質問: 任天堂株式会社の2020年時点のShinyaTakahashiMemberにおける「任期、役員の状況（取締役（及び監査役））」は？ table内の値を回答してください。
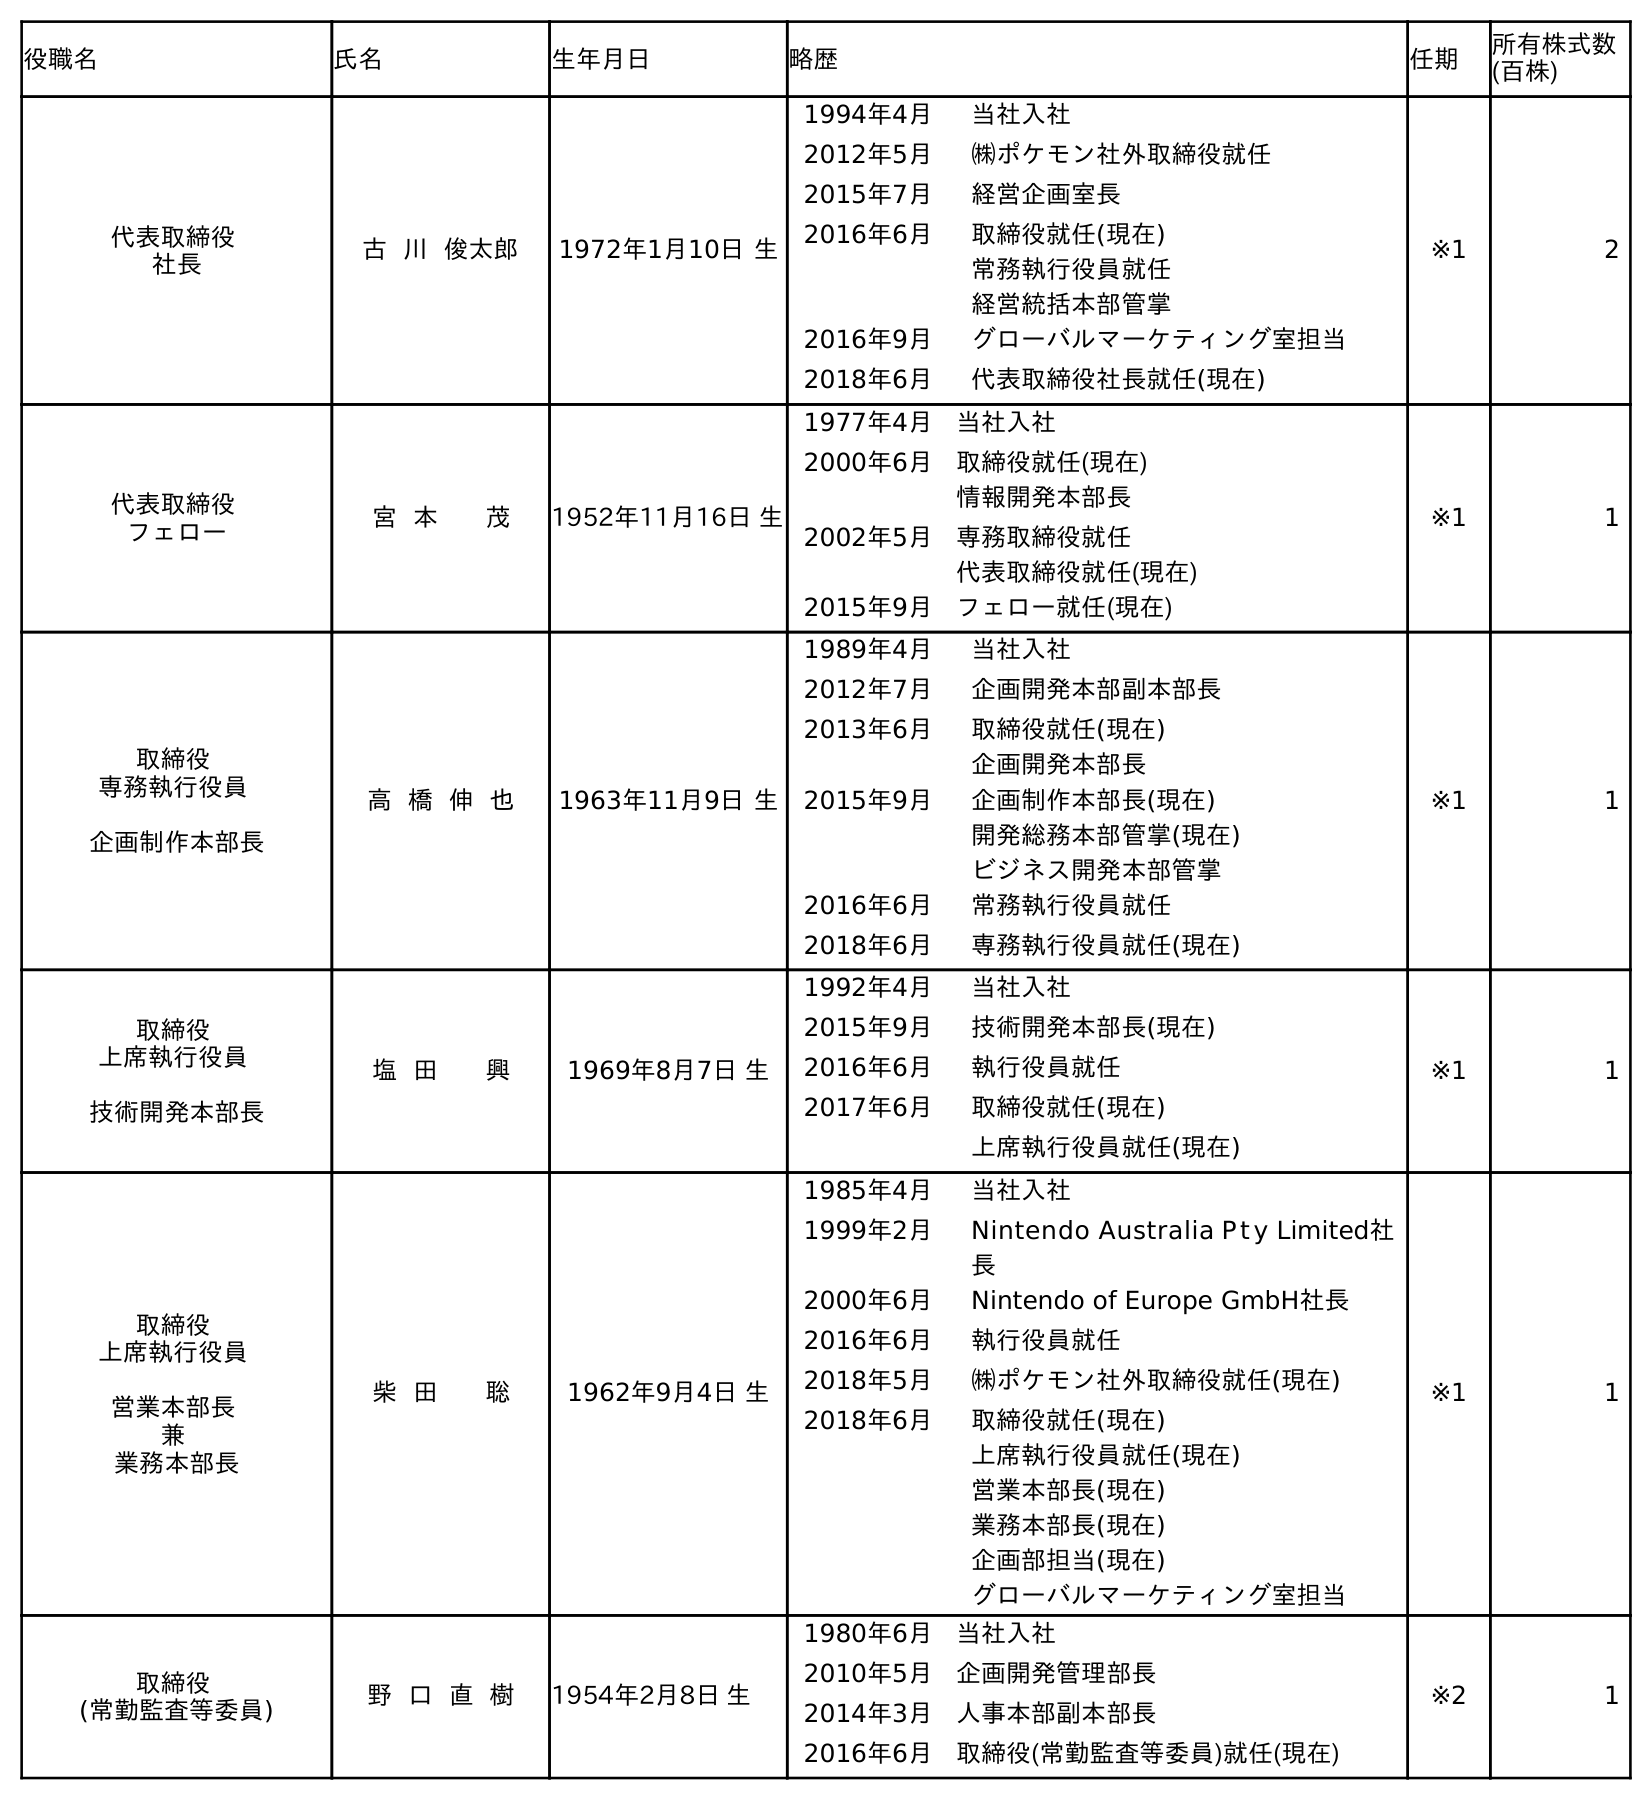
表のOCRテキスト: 役職名 氏名 生年月日 略歴 任期 所有株式数 (百株) 代表取締役 社長 古 川 俊太郎 1972年1月10日 生 1994年4月 当社入社 2012年5月 ㈱ポケモン社外取締役就任 2015年7月 経営企画室長 2016年6月 取締役就任(現在) 常務執行役員就任 経営統括本部管掌 2016年9月 グローバルマーケティング室担当 2018年6月 代表取締役社長就任(現在) ※1 2 代表取締役 フェロー 宮 本 茂 1952年11月16日 生 1977年4月 当社入社 2000年6月 取締役就任(現在) 情報開発本部長 2002年5月 専務取締役就任 代表取締役就任(現在) 2015年9月 フェロー就任(現在) ※1 1 取締役 専務執行役員 企画制作本部長 高 橋 伸 也 1963年11月9日 生 1989年4月 当社入社 2012年7月 企画開発本部副本部長 2013年6月 取締役就任(現在) 企画開発本部長 2015年9月 企画制作本部長(現在) 開発総務本部管掌(現在) ビジネス開発本部管掌 2016年6月 常務執行役員就任 2018年6月 専務執行役員就任(現在) ※1 1 取締役 上席執行役員 技術開発本部長 塩 田 興 1969年8月7日 生 1992年4月 当社入社 2015年9月 技術開発本部長(現在) 2016年6月 執行役員就任 2017年6月 取締役就任(現在) 上席執行役員就任(現在) ※1 1 取締役 上席執行役員 営業本部長 兼 業務本部長 柴 田 聡 1962年9月4日 生 1985年4月 当社入社 1999年2月 Nintendo Australia P t y Limited社 長 2000年6月 Nintendo of Europe GmbH社長 2016年6月 執行役員就任 2018年5月 ㈱ポケモン社外取締役就任(現在) 2018年6月 取締役就任(現在) 上席執行役員就任(現在) 営業本部長(現在) 業務本部長(現在) 企画部担当(現在) グローバルマーケティング室担当 ※1 1 取締役 (常勤監査等委員) 野 口 直 樹 1954年2月8日 生 1980年6月 当社入社 2010年5月 企画開発管理部長 2014年3月 人事本部副本部長 2016年6月 取締役(常勤監査等委員)就任(現在) ※2 1
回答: ※1